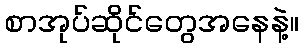
စာအုပ်ဆိုင်တွေအနေနဲ့။